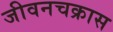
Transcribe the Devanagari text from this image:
जीवनचक्रास